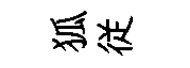
狐従